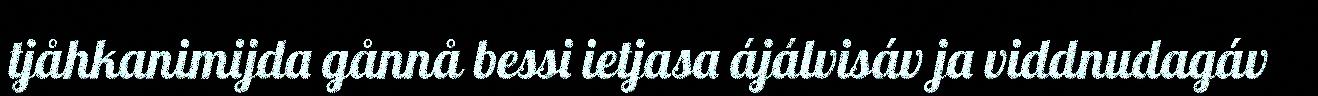
tjåhkanimijda gånnå bessi ietjasa ájálvisáv ja viddnudagáv